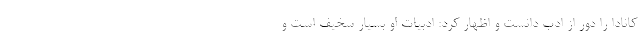
کانادا را دور از ادب دانست و اظهار کرد: ادبیات او بسیار سخیف است و